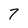
Character: 7